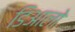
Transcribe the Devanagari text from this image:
डिआलो